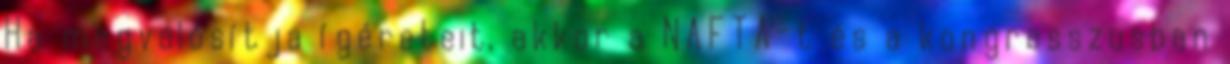
Ha megvalósítja ígéreteit, akkor a NAFTA-t és a kongresszusban